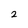
Character: 2